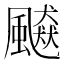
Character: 飇